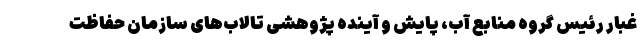
غبار رئیس گروه منابع آب، پایش و آینده پژوهشی تالاب‌های سازمان حفاظت